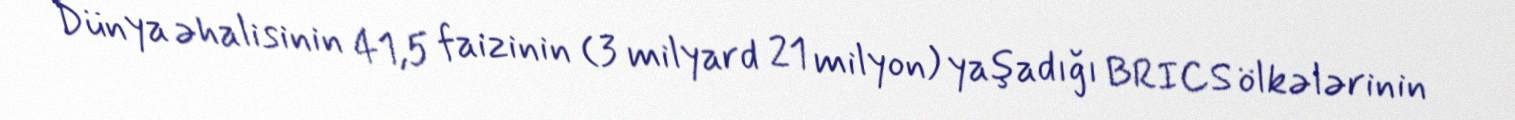
Dünya əhalisinin 41,5 faizinin (3 milyard 21 milyon) yaşadığı BRICS ölkələrinin